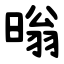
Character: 暡